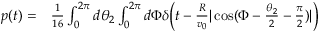
\begin{array} { r l } { p ( t ) = } & { { } \frac { 1 } { 1 6 } \int _ { 0 } ^ { 2 \pi } d \theta _ { 2 } \int _ { 0 } ^ { 2 \pi } d \Phi \delta \bigg ( t - \frac { R } { v _ { 0 } } | \cos ( \Phi - \frac { \theta _ { 2 } } { 2 } - \frac { \pi } { 2 } ) | \bigg ) } \end{array}